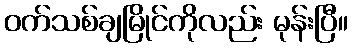
ဝက်သစ်ချမြိုင်ကိုလည်း မုန်းပြီ။